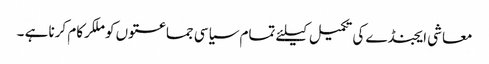
معاشی ایجنڈے کی تکمیل کیلئے تمام سیاسی جماعتوں کو ملکرکام کرنا ہے ۔